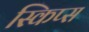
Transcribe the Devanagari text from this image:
स्किप्स